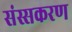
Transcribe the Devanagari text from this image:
संस्सकरण